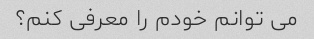
می توانم خودم را معرفی کنم؟